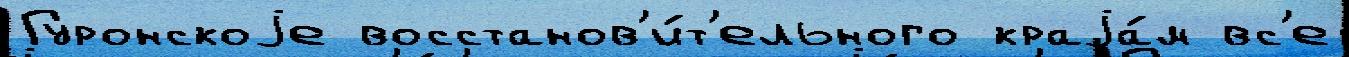
Гуронскоjе восстанов'и́т'ельного краjа́м вс'е